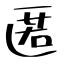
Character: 匿